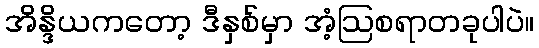
အိန္ဒိယကတော့ ဒီနှစ်မှာ အံ့ဩစရာတခုပါပဲ။